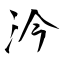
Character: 汵